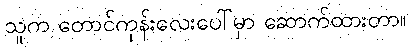
သူက တောင်ကုန်းလေးပေါ်မှာ ဆောက်ထားတာ။